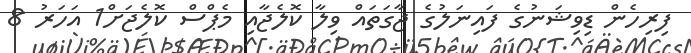
ފިރިހެން ޑިވިޝަނުގެ ފައިނަލުގެ ޖާގަތައް ވިލާ ކޮލެޖާއި މެޕްސް ކޮލެޖަށް1 އަހަރު 8